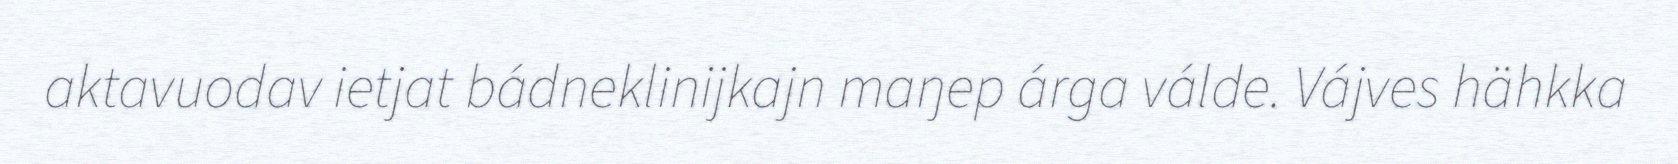
aktavuodav ietjat bádneklinijkajn maŋep árga válde. Vájves hähkka